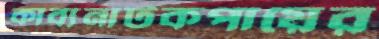
কাব্যনাটকপায়ের